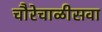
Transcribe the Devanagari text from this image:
चौरेचाळीसवा